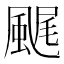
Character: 𩗘